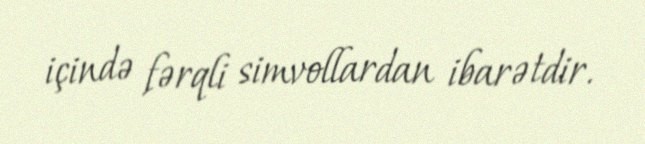
içində fərqli simvollardan ibarətdir.